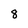
Character: 8